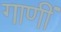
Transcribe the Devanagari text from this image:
गाणीं